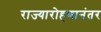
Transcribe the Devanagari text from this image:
राज्यारोहणानंतर